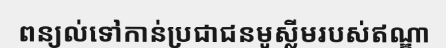
ពន្យល់ទៅកាន់ប្រជាជនមូស្លីមរបស់ឥណ្ឌា